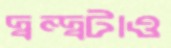
দ্বন্দ্বটাও